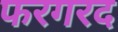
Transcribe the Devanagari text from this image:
फरगरद